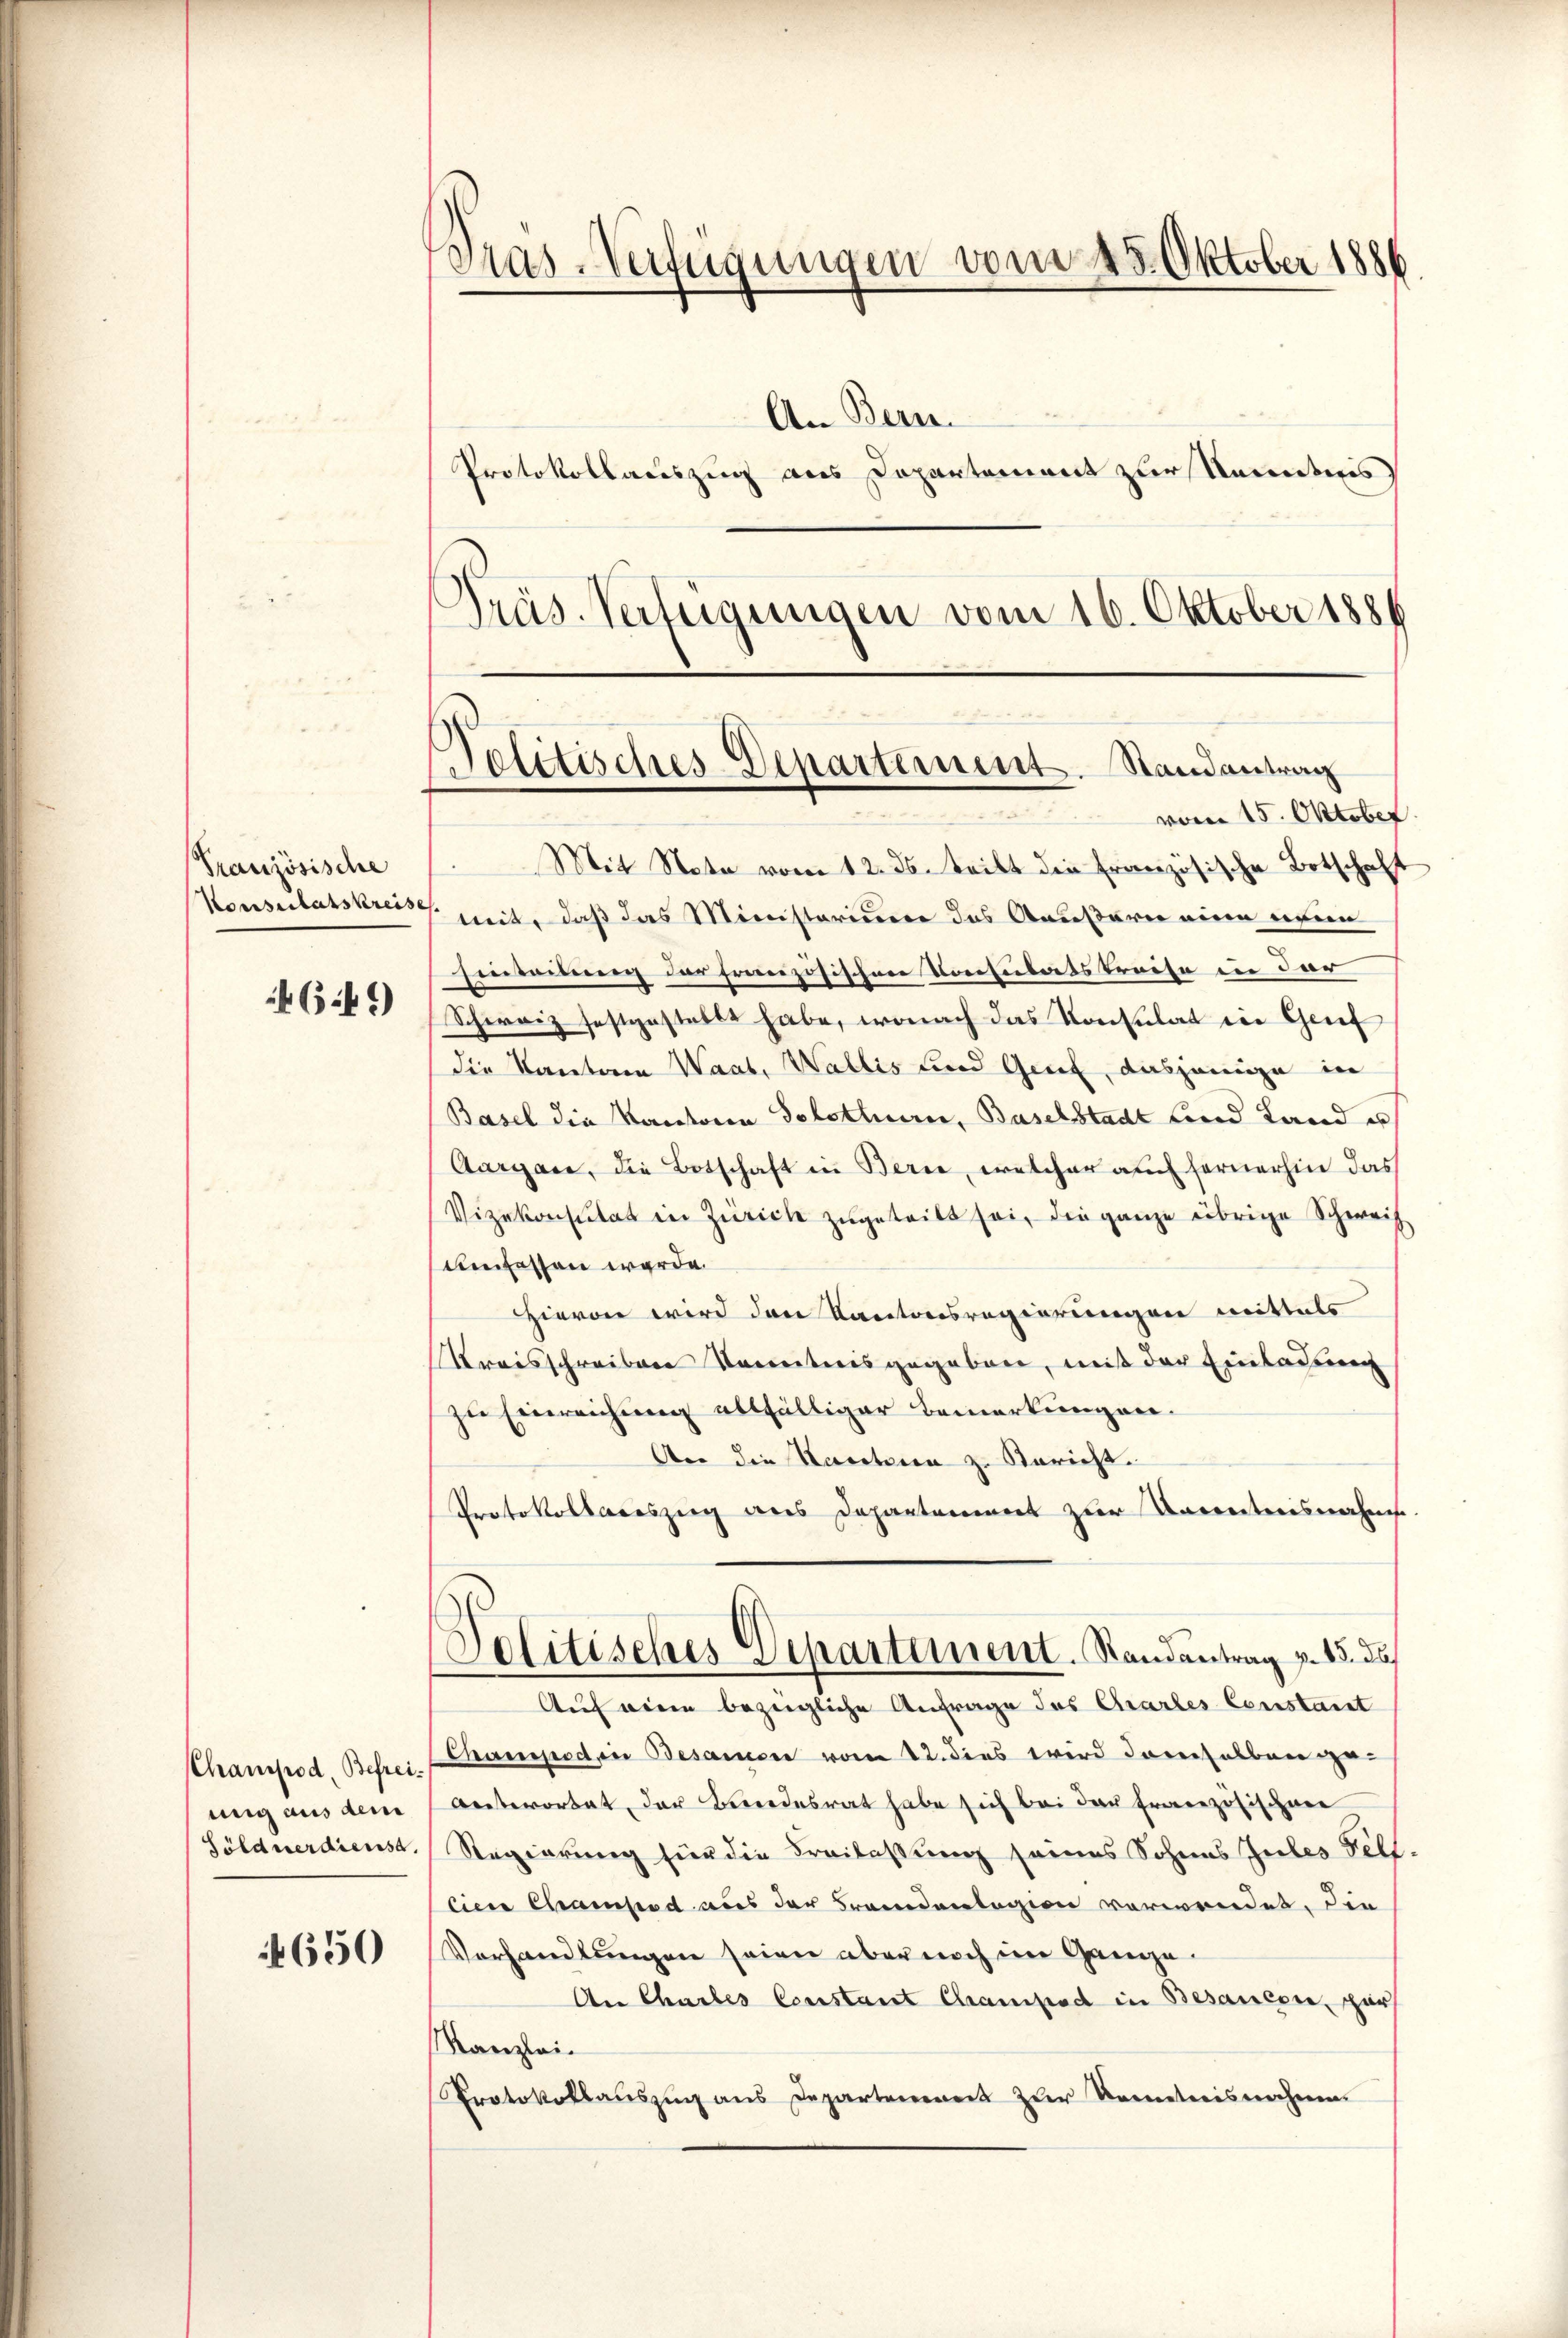
6.49)

ung aus dem

650

Pranzösische

Pras-Verfügungen vom 25. Oktober 1886.
An Bern.
Protokollauszug aus Departement zur Kenntnis
Präs. Verfügungen vom 16. Oktober 1886

Pelitisches Departement. Randantrag
vom 15. Oktober.

Mit Nota vom 12. ds. teilt die Französische Botschaft
Konsulatskreise zeit, daß das Ministerium das Aeußerer eine wein
Einteilung der französischen Konsulatskreise in der
Schweiz festgestellt habe, wonach das Konsulat in Genf
die Kanton Waat, Wallis und Genf, dasjenige in
Basel die Kantone Solothur, Baselstadt und Land e
Aargare, die Botschaft in Berne, welcher auch fernerhin das
Vizekonsulat in Zürich zugeteilt sei, die ganze übrige Schweis
Umfassen werde.
Hievon wird den Kantonsregierungen mittels
Kreisschreiben Kenntnis gegeben, mit der Einladung
zu Einreichung allfälliger Bemerkungen.
An die Naretaren zu Bericht.
Protokollaceszug aus Departement zur Docentnisnahms
Politisches Departement. Randantrag v. 13. das
Auf wie bezügliche Anfrage des Chartes Constanst
Champod. Befrei, sanspod in Besamen vom 12. dies wird dasselben geanterortet, der Bundesrat habe sich bei der Französischen
Söldnerdienst. Regierung für die Freilassung seines Sohnes Gutes Fell.
lien Chamsod aus der Frandanlegion verwendet, die
Vorhandlungen seien aber noch im Gange.
An Chartes Constant Champod in Besauern, par
Kanzlei.
Protokollauszug aus Departement zur Kenntnisnahme